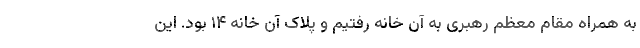
به همراه مقام معظم رهبری به آن خانه رفتیم و پلاک آن خانه ۱۴ بود. این